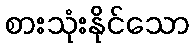
စားသုံးနိုင်သော